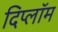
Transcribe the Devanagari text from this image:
दिप्लॉम